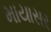
માયાસર